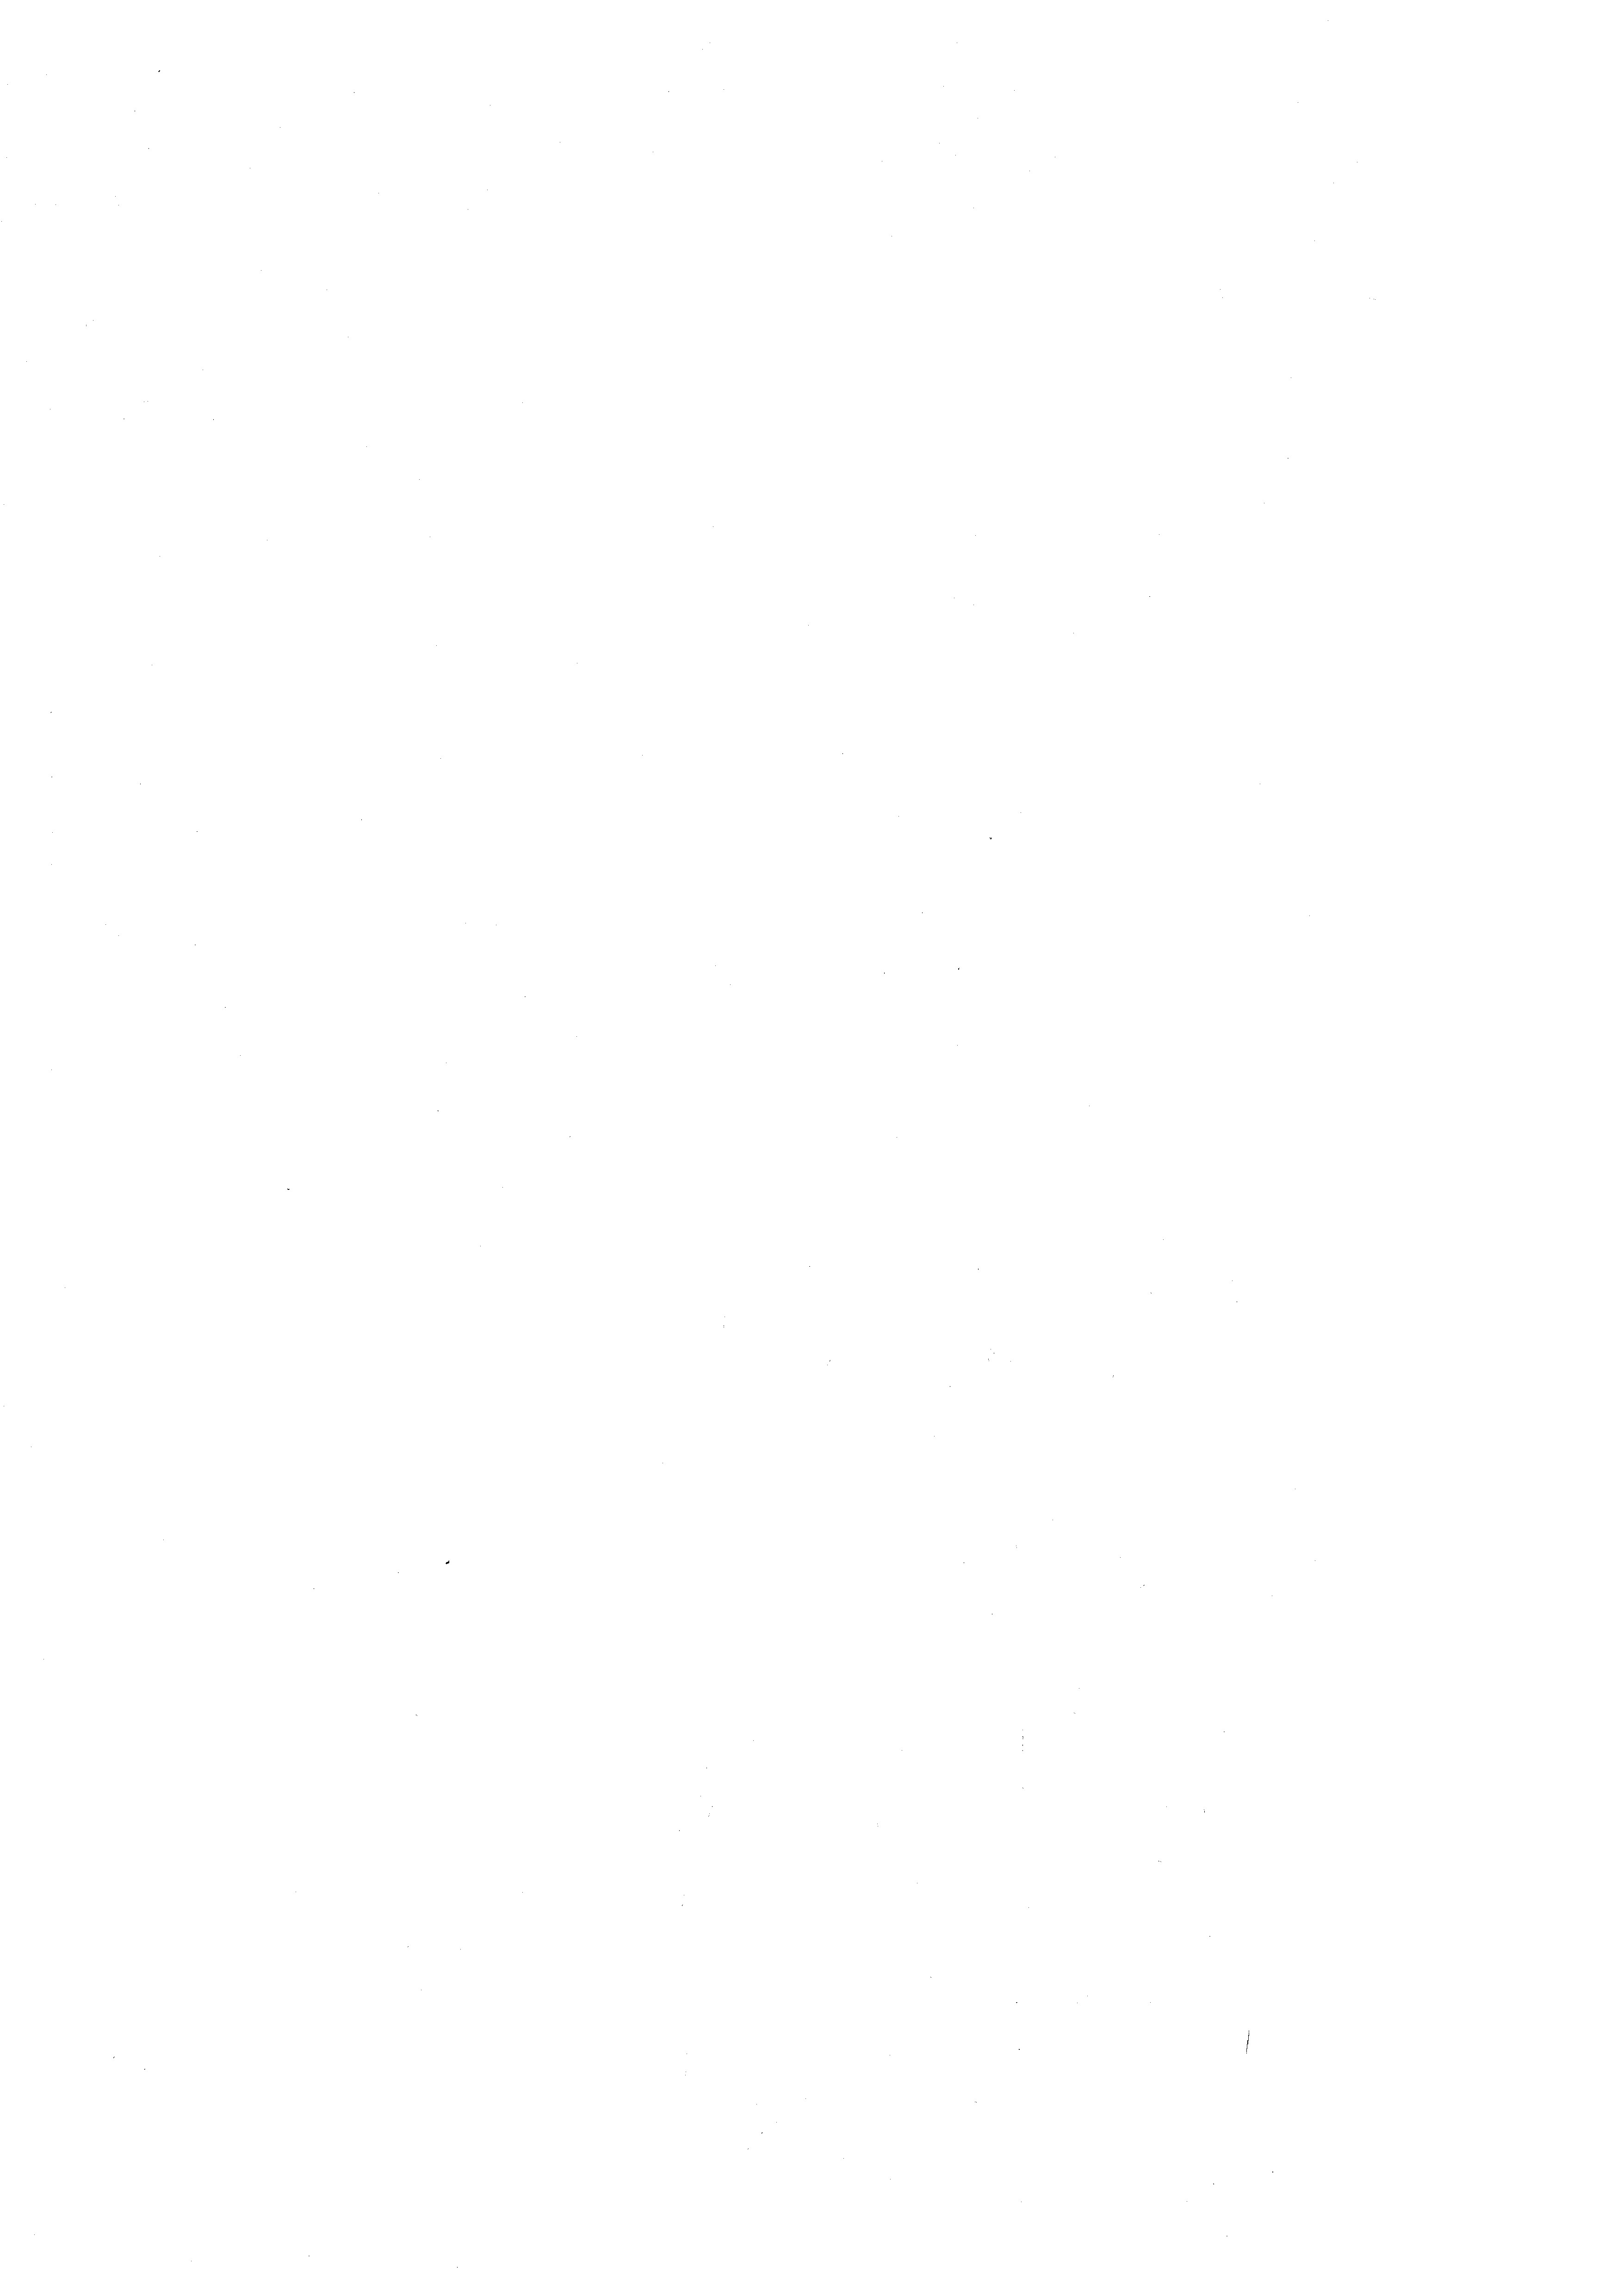
.

e

e

e

e

e

d

e

e

e

¬

e

e

e
e
e

e
e

e

e
.

e

¬
e

e

e
e
.

.
n

.
e

.

e

¬

¬

n

¬

e

e

e
.
n
e
d
e
¬
¬
e
¬
e
n
e

e
¬
¬
e
e
e
e
.

e

e

e

e

e

¬

e

.

n

.
.

¬

e

u

e
n
5
.

n

.

e

e

e